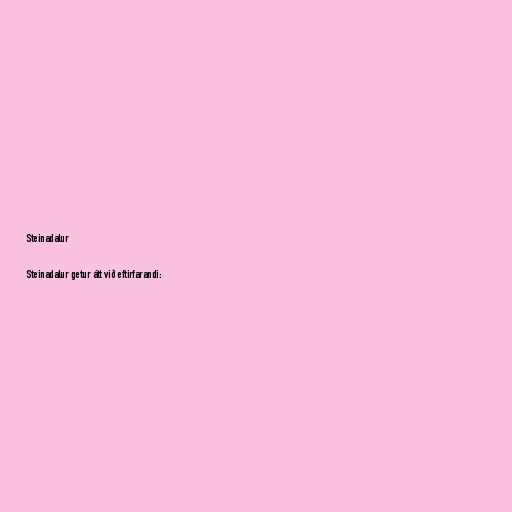
Steinadalur

Steinadalur getur átt við eftirfarandi: